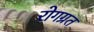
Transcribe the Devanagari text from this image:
रोगग्रत